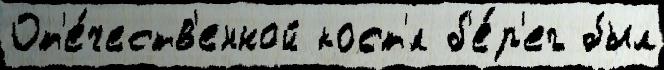
От'е́честв'енной кост'́л б'е́р'ег был